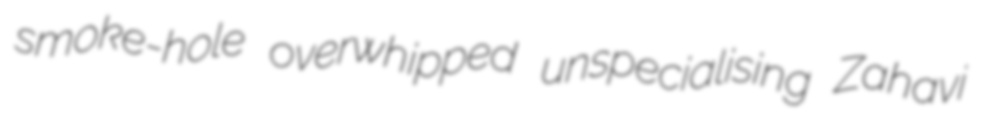
smoke-hole overwhipped unspecialising Zahavi